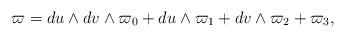
\begin{align*}\varpi = du \wedge dv \wedge \varpi_0 + du \wedge \varpi_1 + dv \wedge \varpi_2 + \varpi_3,\end{align*}